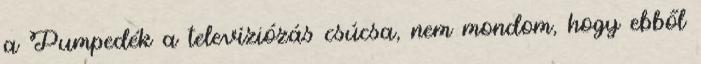
a Pumpedék a televíziózás csúcsa, nem mondom, hogy ebből